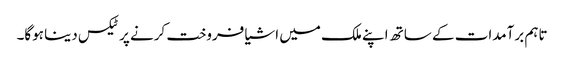
تاہم برآمدات کے ساتھ اپنے ملک میں اشیا فروخت کرنے پر ٹیکس دینا ہوگا۔